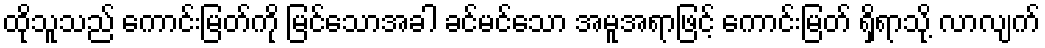
ထိုသူသည် ကောင်းမြတ်ကို မြင်သောအခါ ခင်မင်သော အမူအရာဖြင့် ကောင်းမြတ် ရှိရာသို့ လာလျက်